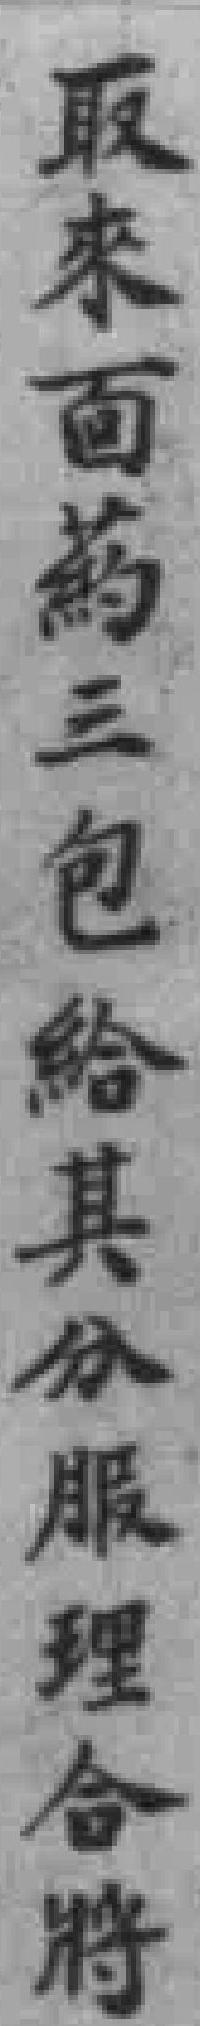
取來面藥三包給其分服理合將